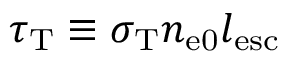
\tau _ { \mathrm { T } } \equiv \sigma _ { \mathrm { T } } n _ { \mathrm { e 0 } } l _ { \mathrm { e s c } }